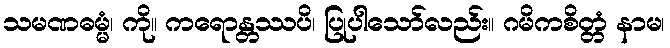
သမဏဓမ္မံ၊ ကို။ ကရောန္တဿပိ၊ ပြုပါသော်လည်း။ ဂမိကစိတ္တံ နာမ၊